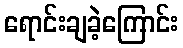
ရောင်းချခဲ့ကြောင်း